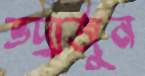
ভদ্রার্জুন